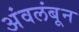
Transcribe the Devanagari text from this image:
अंवलंबून